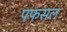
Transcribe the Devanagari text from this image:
पफसल